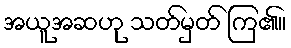
အယူအဆဟု သတ်မှတ် ကြ၏။